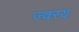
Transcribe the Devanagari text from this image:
ज्वरय